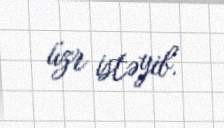
üzr istəyib.